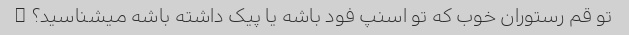
تو قم رستوران خوب که تو اسنپ فود باشه یا پیک داشته باشه میشناسید؟ ☹